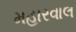
મહારવાલ